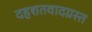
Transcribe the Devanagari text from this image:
दहशतवादग्रस्त